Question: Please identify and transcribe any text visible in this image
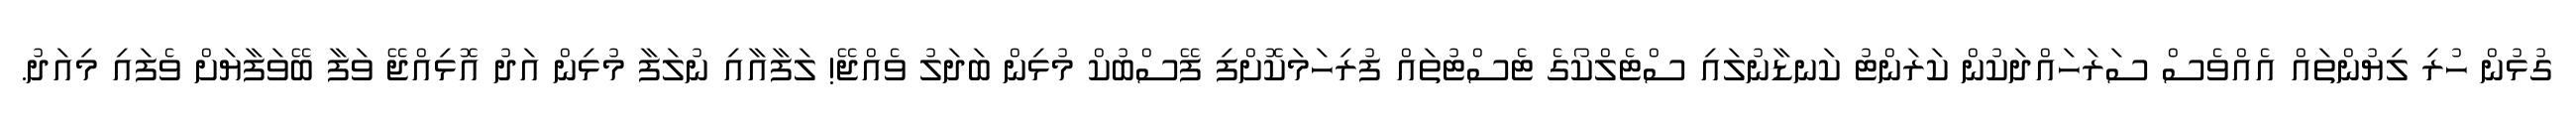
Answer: ގުޅުން ހުރި ލިޔުންތައް އެއްވެސް ސަރަހައްދަކުން ކަރަންޓު ކަނޑާނުލައި ސްޓެލްކޯގެ ޓެސްޓުތައް ފުރިހަމަކޮށްފި ފޭސްބުކް މުޅިން ބަދަލު ވެއްޖޭ! ލަފާއާއި ނުލަފާ މުޅިން އަދު އޮޅިއްޖޭ ވަފާ ބޭވަފާޔަށް ވެފައި މިއަދު.